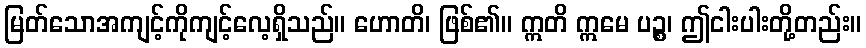
မြတ်သောအကျင့်ကိုကျင့်လေ့ရှိသည်။ ဟောတိ၊ ဖြစ်၏။ ဣတိ ဣမေ ပဉ္စ၊ ဤငါးပါးတို့တည်း။